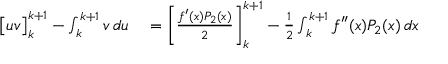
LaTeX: \begin{array} { r l } { { \bigl [ } u v { \bigr ] } _ { k } ^ { k + 1 } - \int _ { k } ^ { k + 1 } v \, d u } & { { } = \left[ { \frac { f ^ { \prime } ( x ) P _ { 2 } ( x ) } { 2 } } \right] _ { k } ^ { k + 1 } - { \frac { 1 } { 2 } } \int _ { k } ^ { k + 1 } f ^ { \prime \prime } ( x ) P _ { 2 } ( x ) \, d x } \end{array}